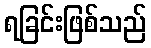
ရခြင်းဖြစ်သည်